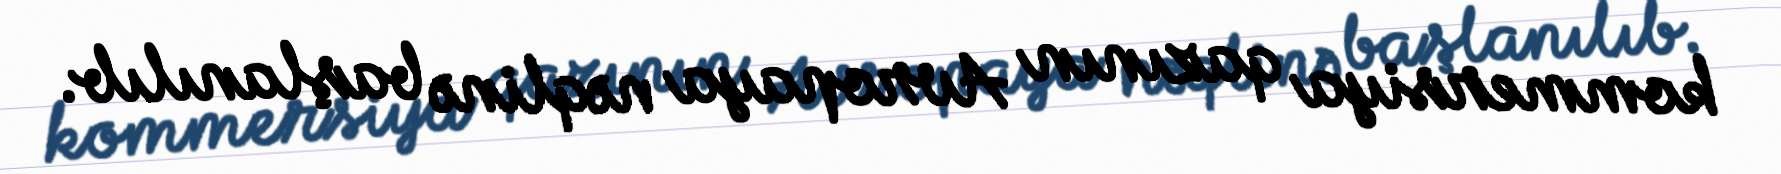
kommersiya qazının Avropaya nəqlinə başlanılıb.